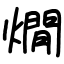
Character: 燗